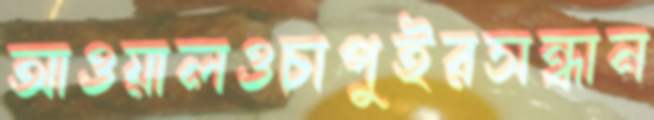
আওয়ালওচাপুইরসন্ধান